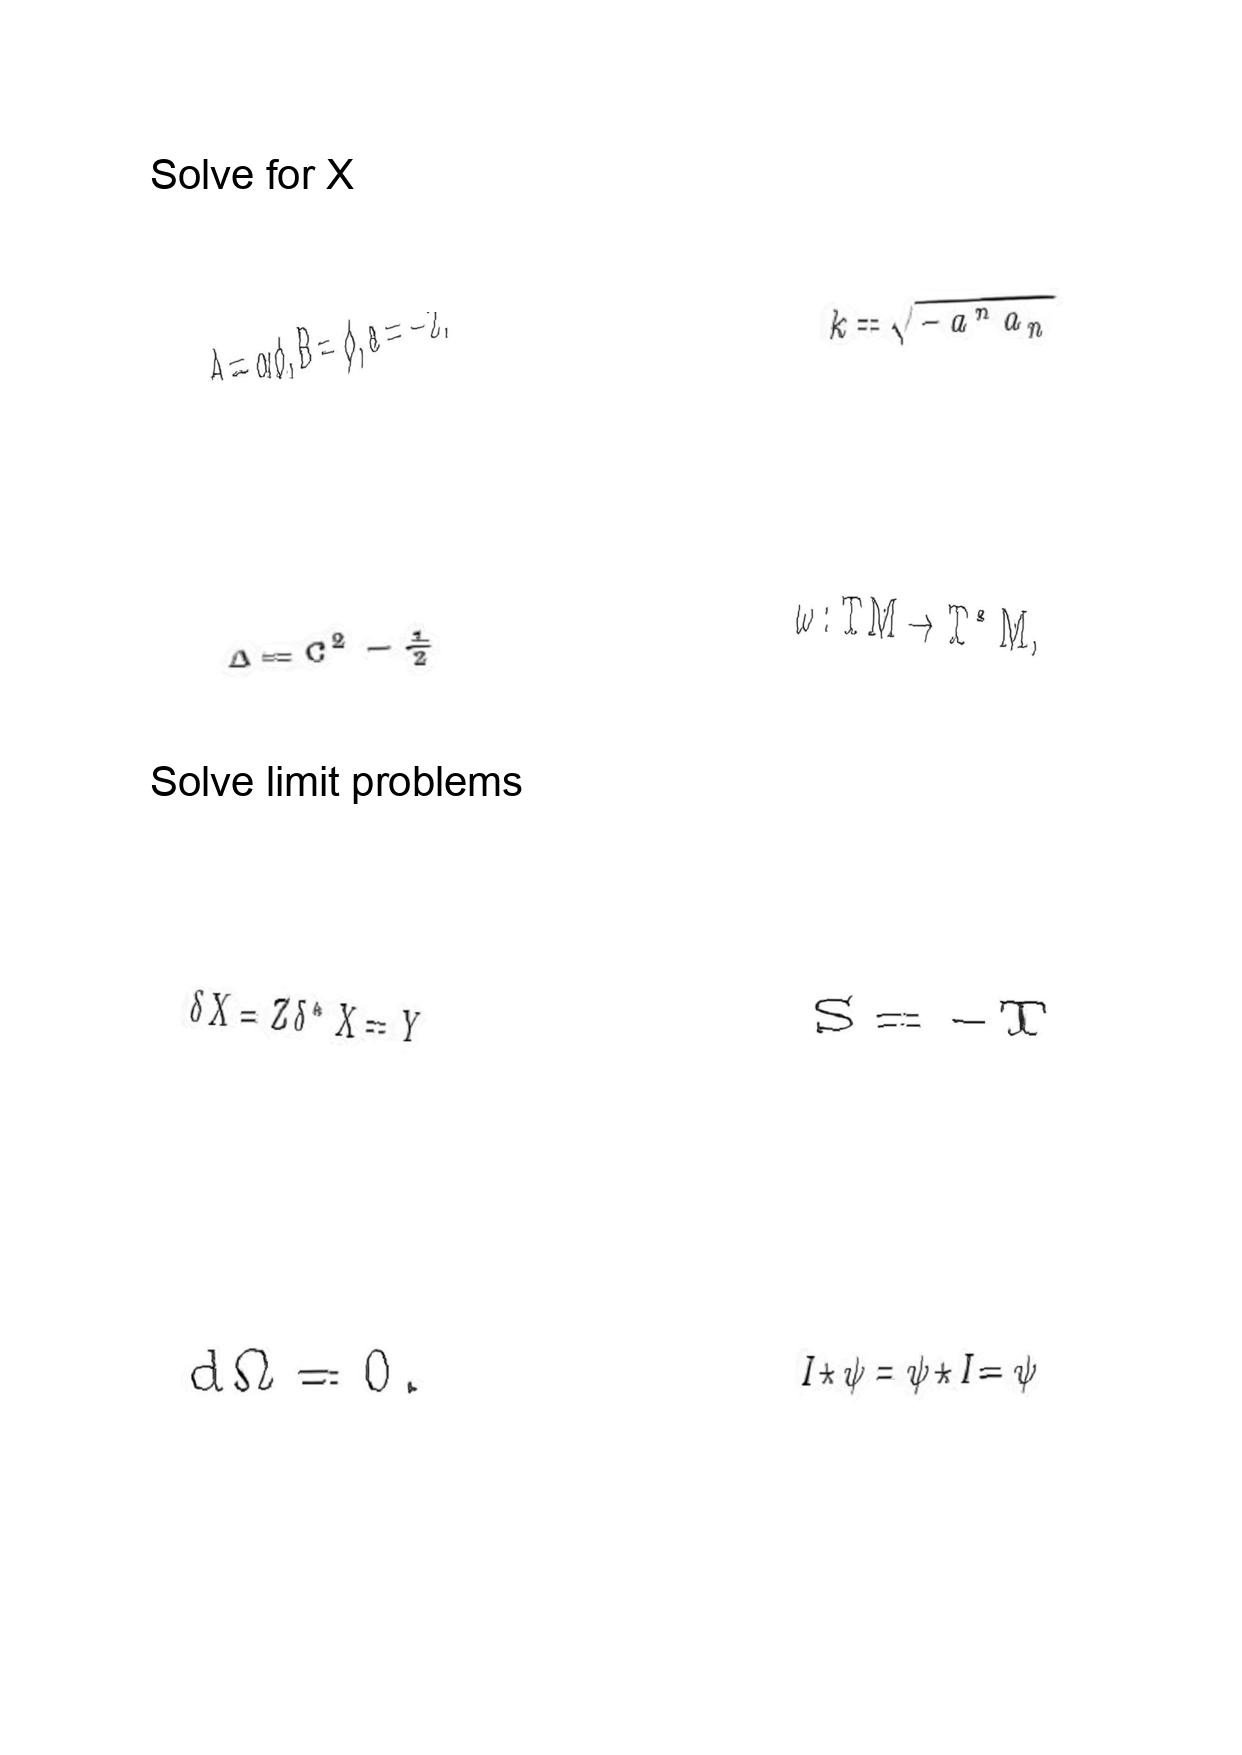
LaTeX transcription:
A = \alpha \phi , B = \phi , a = - 2 .
\Delta = C ^ { 2 } - \frac { 1 } { 2 }
\delta X = Z \delta ^ { \ast } X = Y
d \Omega = 0 .
k = \sqrt { - a ^ { n } a _ { n } }
\omega : T M \rightarrow T ^ { \ast } M ,
S = - T
I \star \psi = \psi \star I = \psi